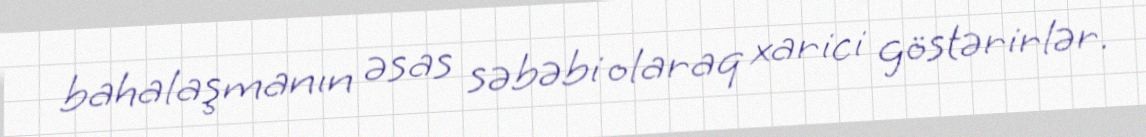
bahalaşmanın əsas səbəbi olaraq xarici göstərirlər.